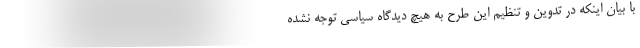
با بیان اینکه در تدوین و تنظیم این طرح به هیچ دیدگاه سیاسی توجه نشده